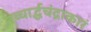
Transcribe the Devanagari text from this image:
तच्चार्द्धचंद्राकारं